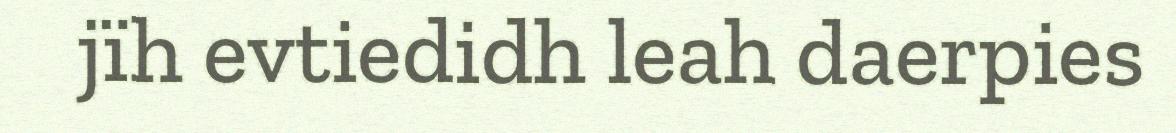
jïh evtiedidh leah daerpies